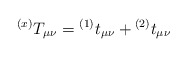
\begin{align*}{}^{(x)}T_{\mu \nu}={}^{(1)}t_{\mu \nu}+{}^{(2)}t_{\mu \nu}\end{align*}